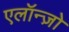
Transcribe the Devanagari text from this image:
एलॉन्ज़ो